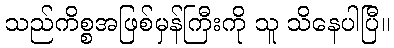
သည်ကိစ္စအဖြစ်မှန်ကြီးကို သူ သိနေပါပြီ။